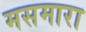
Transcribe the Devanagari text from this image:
मसमारा